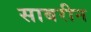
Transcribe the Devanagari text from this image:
साबरीन